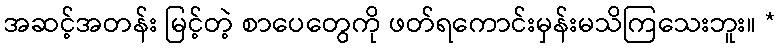
အဆင့်အတန်း မြင့်တဲ့ စာပေတွေကို ဖတ်ရကောင်းမှန်းမသိကြသေးဘူး။ *